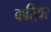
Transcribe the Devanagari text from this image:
करिय़र